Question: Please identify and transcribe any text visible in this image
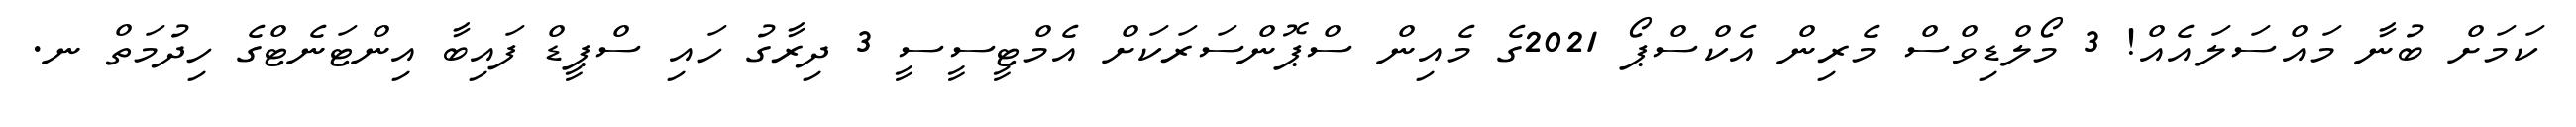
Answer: ކަމަށް ބުނާ މައްސަލައެއް! 3 މޯލްޑިވްސް މެރިން އެކްސްޕޯ 2021ގެ މެއިން ސްޕޮންސަރަކަށް އެމްޓީސީސީ 3 ދިރާގު ހައި ސްޕީޑް ފައިބާ އިންޓަނެޓްގެ ހިދުމަތް ނ.